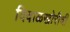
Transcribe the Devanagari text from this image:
दिवाळखोरीची